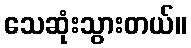
သေဆုံးသွားတယ်။